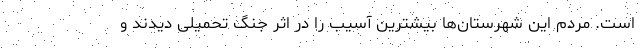
است. مردم این شهرستان‌ها بیشترین آسیب را در اثر جنگ تحمیلی دیدند و